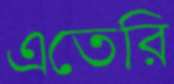
এতেরি